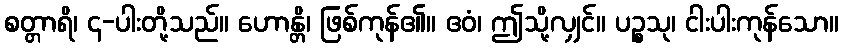
စတ္တာရိ၊ ၄-ပါးတို့သည်။ ဟောန္တိ၊ ဖြစ်ကုန်၏။ ဧဝံ၊ ဤသို့လျှင်။ ပဉ္စသု၊ ငါးပါးကုန်သော။